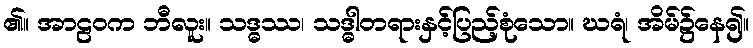
၏။ အာဠဝက ဘီလူး။ သဒ္ဓဿ၊ သဒ္ဓါတရားနှင့်ပြည့်စုံသော။ ဃရံ၊ အိမ်၌နေ၍။